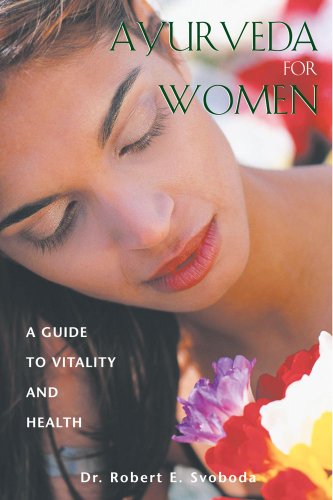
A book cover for Ayurveda for Women: A Guide to Vitality and Health; Dr. Robert E. Svoboda; Health, Fitness & Dieting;